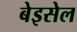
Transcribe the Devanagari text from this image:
बेइसेल